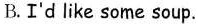
B. I'd like some soup.